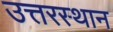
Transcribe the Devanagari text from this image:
उत्तरस्थान